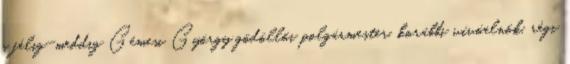
s félig-meddig Gémesi György gödöllői polgármester, korábbi vívóelnök, régi